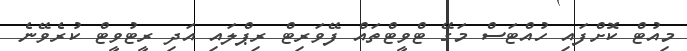
މިއުޓް ކޮށްފައި ހުއްޓަސް މަގޭ ޓްވީޓްތައް ފޭވަރިޓް ރިޕްލައި އަދި ރީޓުވީޓް ކުރެވޭނެ